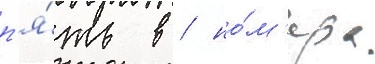
п'я́ть в / но́м'ера